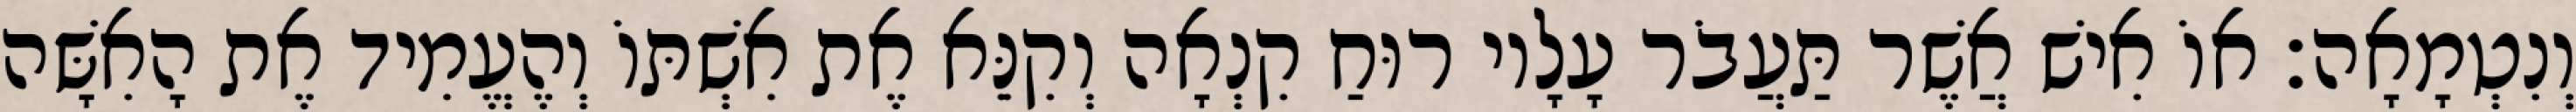
וְנִטְמָאָה׃ אוֹ אִישׁ אֲשֶׁר תַּעֲבֹר עָלָיו רוּחַ קִנְאָה וְקִנֵּא אֶת אִשְׁתּוֹ וְהֶעֱמִיד אֶת הָאִשָּׁה